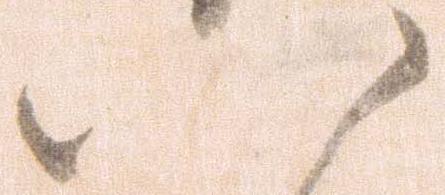
八